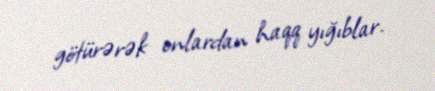
götürərək onlardan haqq yığıblar.